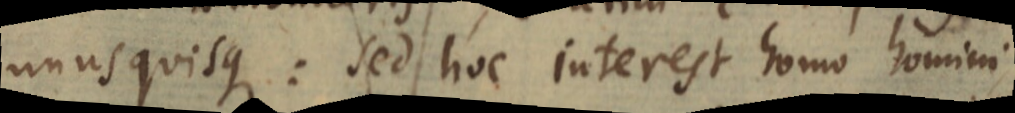
unusquisque: sed hoc interest homo homini